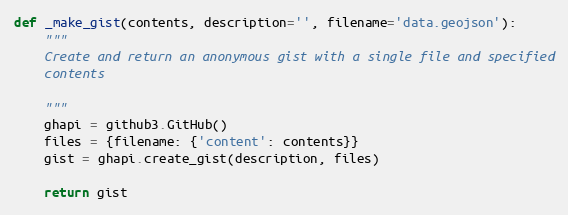
Language: Python
def _make_gist(contents, description='', filename='data.geojson'):
    """
    Create and return an anonymous gist with a single file and specified
    contents

    """
    ghapi = github3.GitHub()
    files = {filename: {'content': contents}}
    gist = ghapi.create_gist(description, files)

    return gist